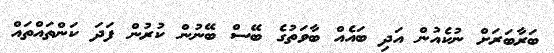
ބަރާބަރަށް ނުކެއުން އަދި ބައެއް ބާވަތުގެ ބޭސް ބޭނުން ކުރުން ފަދަ ކަންތައްތައް